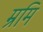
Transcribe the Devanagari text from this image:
म्रमि